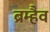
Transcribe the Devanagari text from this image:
ब्रम्हैव